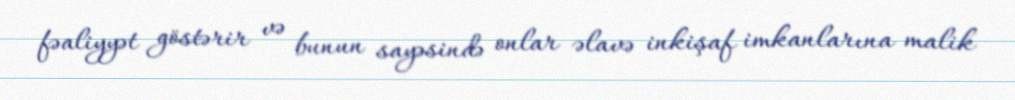
fəaliyyət göstərir və bunun sayəsində onlar əlavə inkişaf imkanlarına malik